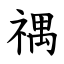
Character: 禑